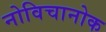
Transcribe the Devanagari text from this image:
नोविचानोक